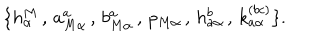
LaTeX: \{ h _ { \alpha } ^ { M } \, , \, a _ { M \alpha } ^ { a } \, , \, b _ { M \alpha } ^ { a } \, , \, p _ { M \alpha } \, , \, h _ { a \alpha } ^ { b } \, , \, k _ { a \alpha } ^ { ( b c ) } \} .